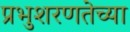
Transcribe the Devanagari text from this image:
प्रभुशरणतेच्या